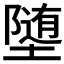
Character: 𫝡